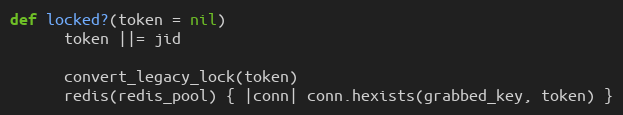
Language: Ruby
def locked?(token = nil)
      token ||= jid

      convert_legacy_lock(token)
      redis(redis_pool) { |conn| conn.hexists(grabbed_key, token) }